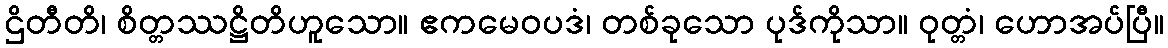
ဌိတီတိ၊ စိတ္တဿဋ္ဌိတိဟူသော။ ဧကမေဝပဒံ၊ တစ်ခုသော ပုဒ်ကိုသာ။ ဝုတ္တံ၊ ဟောအပ်ပြီ။